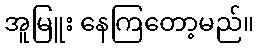
အူမြူး နေကြတော့မည်။